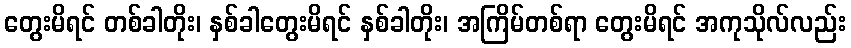
တွေးမိရင် တစ်ခါတိုး၊ နှစ်ခါတွေးမိရင် နှစ်ခါတိုး၊ အကြိမ်တစ်ရာ တွေးမိရင် အကုသိုလ်လည်း